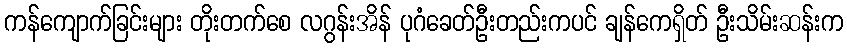
ကန်ကျောက်ခြင်းများ တိုးတက်စေ လဂွန်းအိန် ပုဂံခေတ်ဦးတည်းကပင် ချန်ကေရှိတ် ဦးသိမ်းဆန်းက